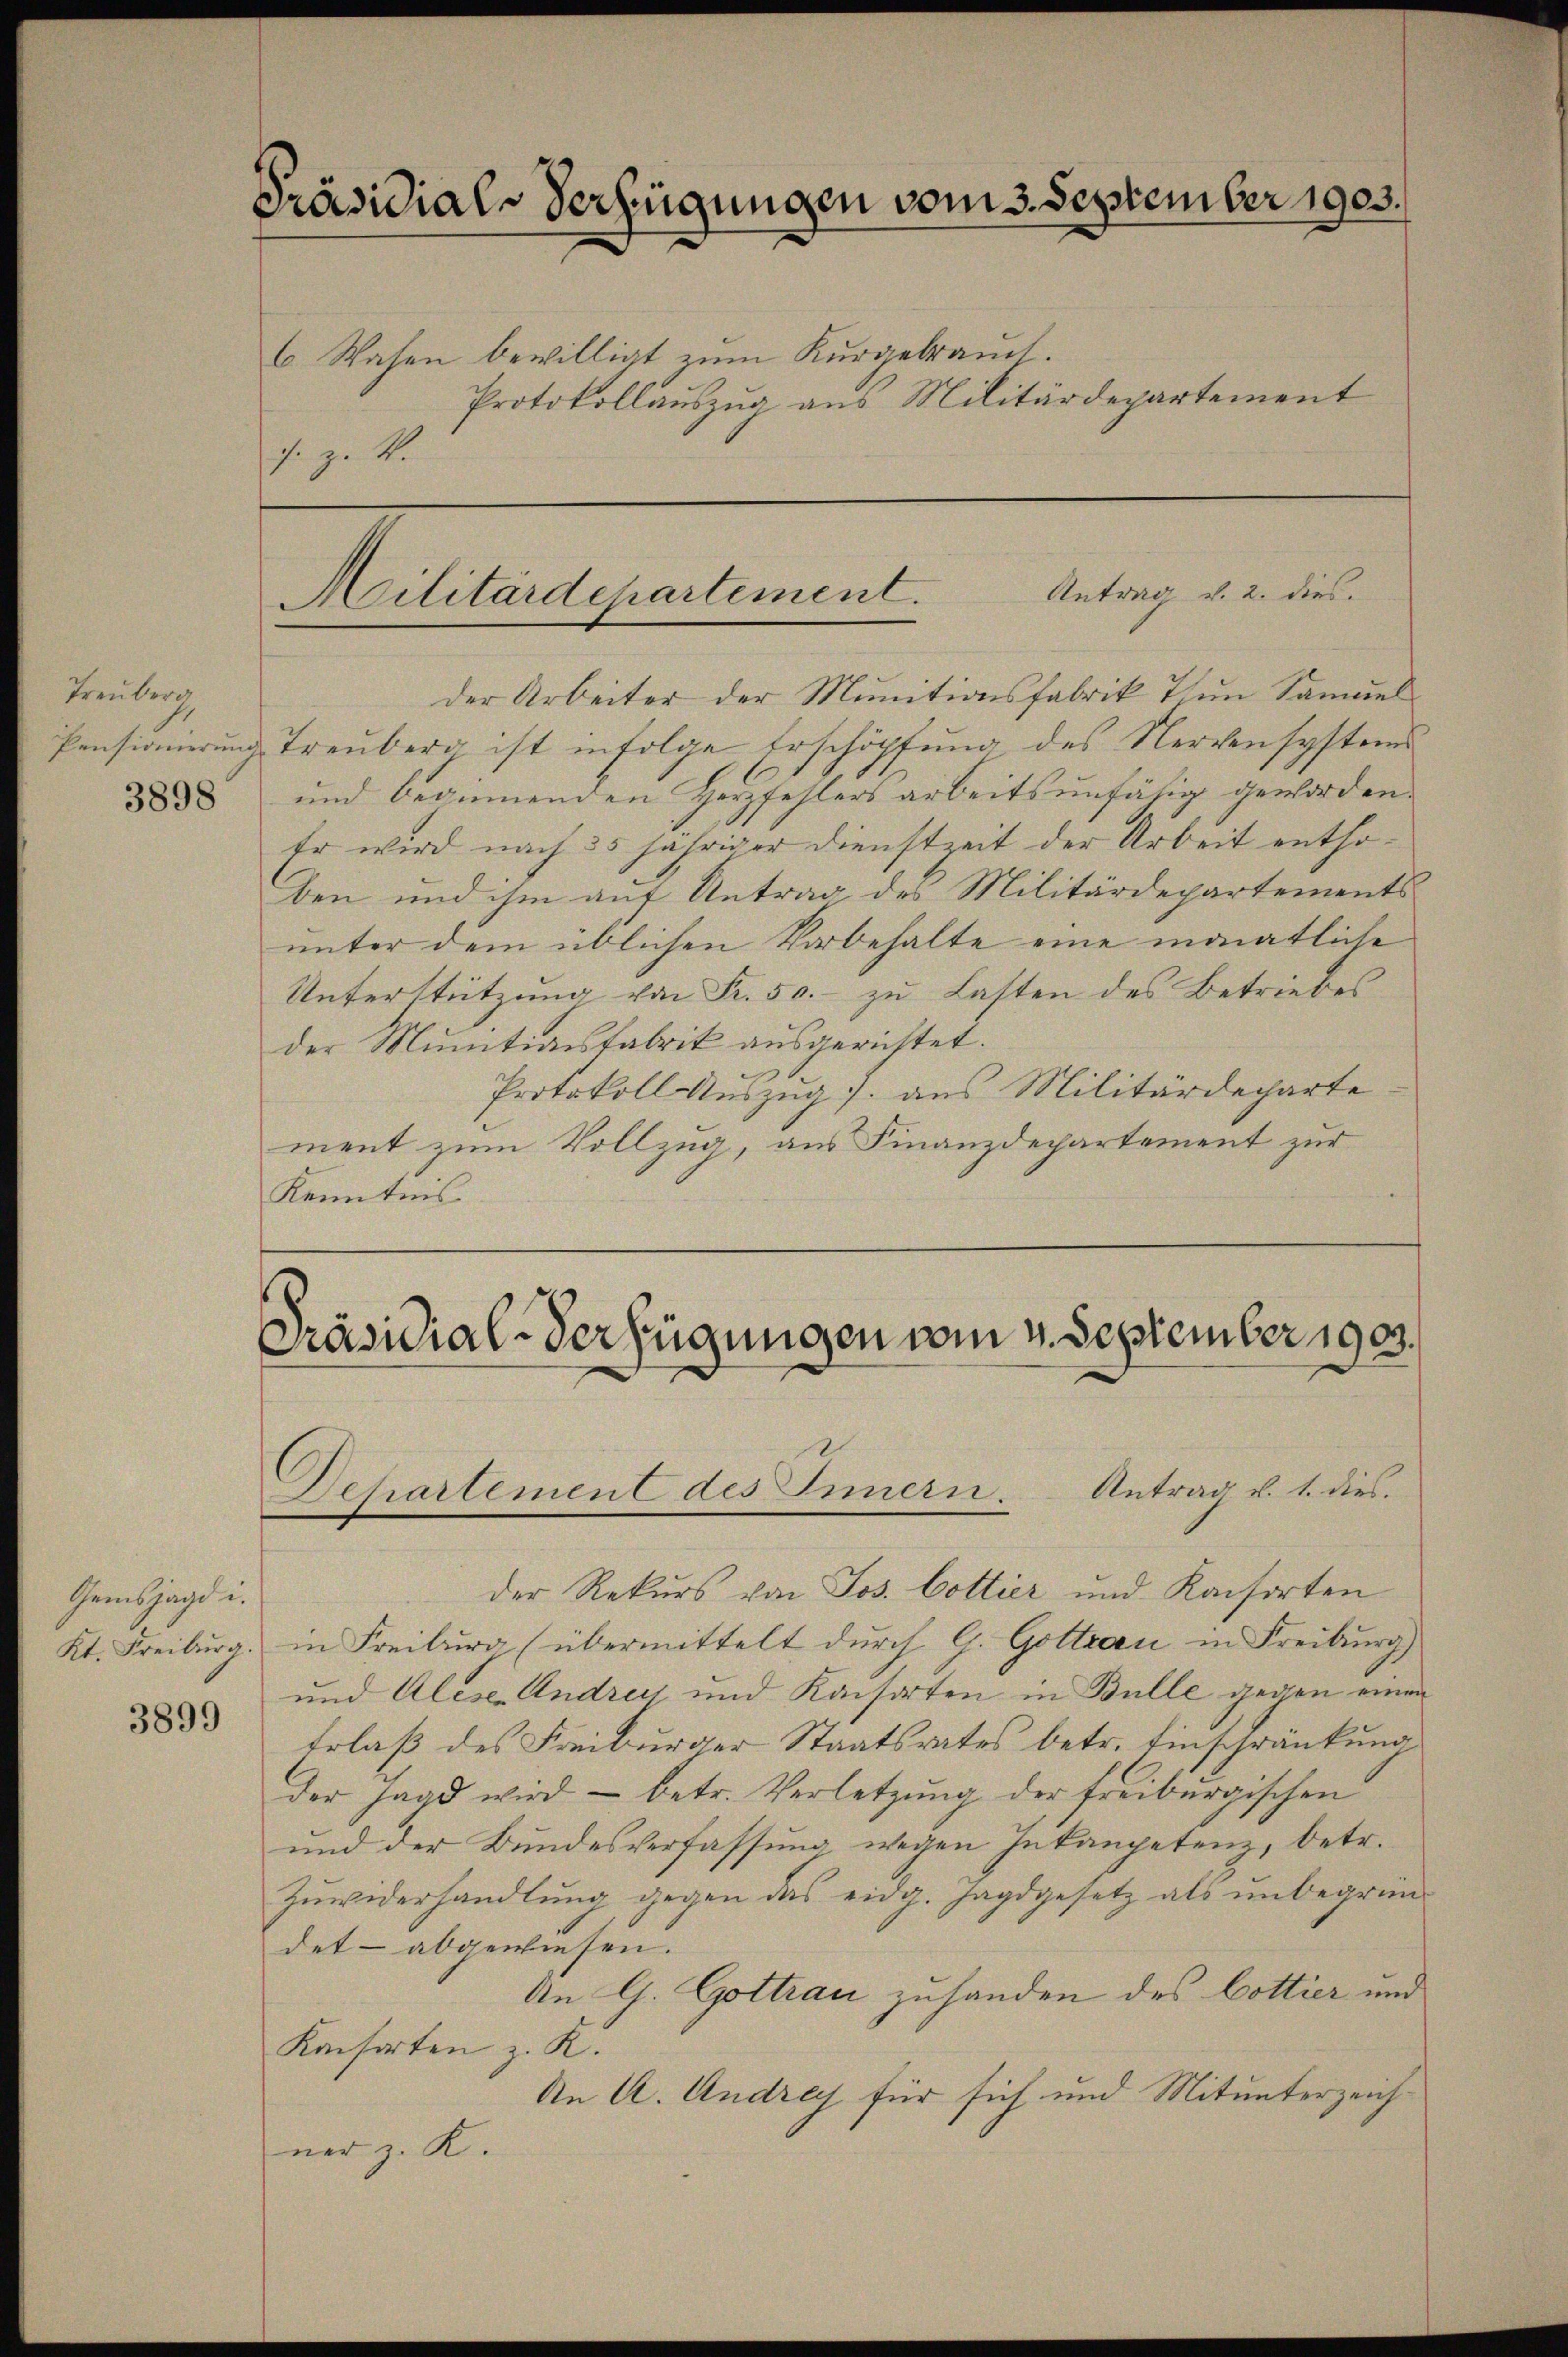
Treuberg
3898

Gemsjagd i.
Kt. Freiburg.

3899

Präsidials Verfügungen vom 3. September 1903.
6. Wasen bewilligt zum Kurgebrauch.

Protokollauszug aus Militärdepartement
s. z. B.

Militärdepartement. Antrag v. 2. dies

der Arbeiter der Munitionsfabrik 7 im Samuel
Pensionierung Treuberg ist infolge Erschöpfung des Nervensystems
und beginnenden Herzfehlers arbeitsunfähig geworden.
Er wird nach 35 jähriger Dienstzeit der Arbeit enthoben und ihm auf Antrag des Militärdepartements
unter dem üblichen Vorbehalte eine monatliche
Unterstützung von Fr. 50.- zu Lasten des Betriebes
der Munitionsfabrik ausgerichtet.
Protokoll Auszug 7. aus Militärdeparte
ment zum Vollzug, aus Finanzdepartement zur
Kenntnis

Präsidial-Verfügungen vom 4. September 1903.
Antrag v. 1. dies.
Departement des Innern.

der Rekurs von Jos. Cottier und Kaisorten
in Freiburg (übermittelt durch G. Gottrau in Freiburg)
und Alese Andrey und Kaisorten in Bulle gegen einen
Erlaß des Freiburger Staatsrates betr. Einschränkung
der Jagd wird — betr. Verletzung der freiburgischen
und der Bundesverfassung wegen Inkompetenz, betr.
Zŭwiderhandlŭng gegen das eidg. Jagdgesetz als ŭnbegründ
det - abgewiesen.
An G. Gottrau zuhanden des Cottier und
Konsorten z. R.
An A. Andrey für sich und Mitunterzeichner z. K.